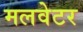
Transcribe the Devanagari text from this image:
मलवेटर